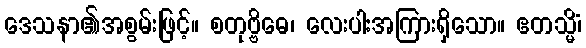
ဒေသနာ၏အစွမ်းဖြင့်။ စတုဗ္ဗိဓေ၊ လေးပါးအကြားရှိသော။ ဧတသ္မိံ၊